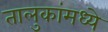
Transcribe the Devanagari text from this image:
तालुकांमध्ये